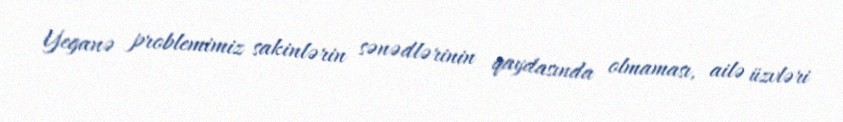
Yeganə problemimiz sakinlərin sənədlərinin qaydasında olmaması, ailə üzvləri